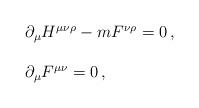
LaTeX: \begin{align*}\begin{array}{rcl}&& \partial_{\mu} H^{\mu\nu\rho} - m F^{\nu\rho} = 0\, ,\\ & & \\&& \partial_{\mu} F^{\mu\nu}=0\, ,\\\end{array}\end{align*}